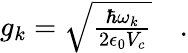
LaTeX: \begin{array}{r}{g_{k}=\sqrt{\frac{\hbar\omega_{k}}{2\epsilon_{0}V_{c}}}\quad.}\end{array}